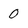
Character: 0